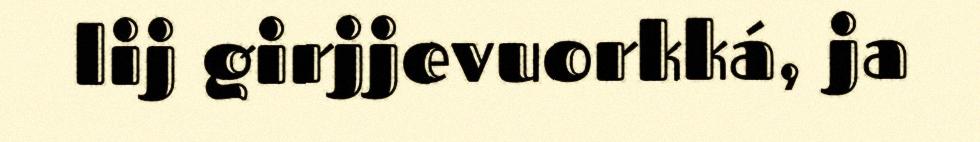
lij girjjevuorkká, ja